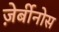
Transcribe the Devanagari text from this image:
ज़ेर्बीनोस